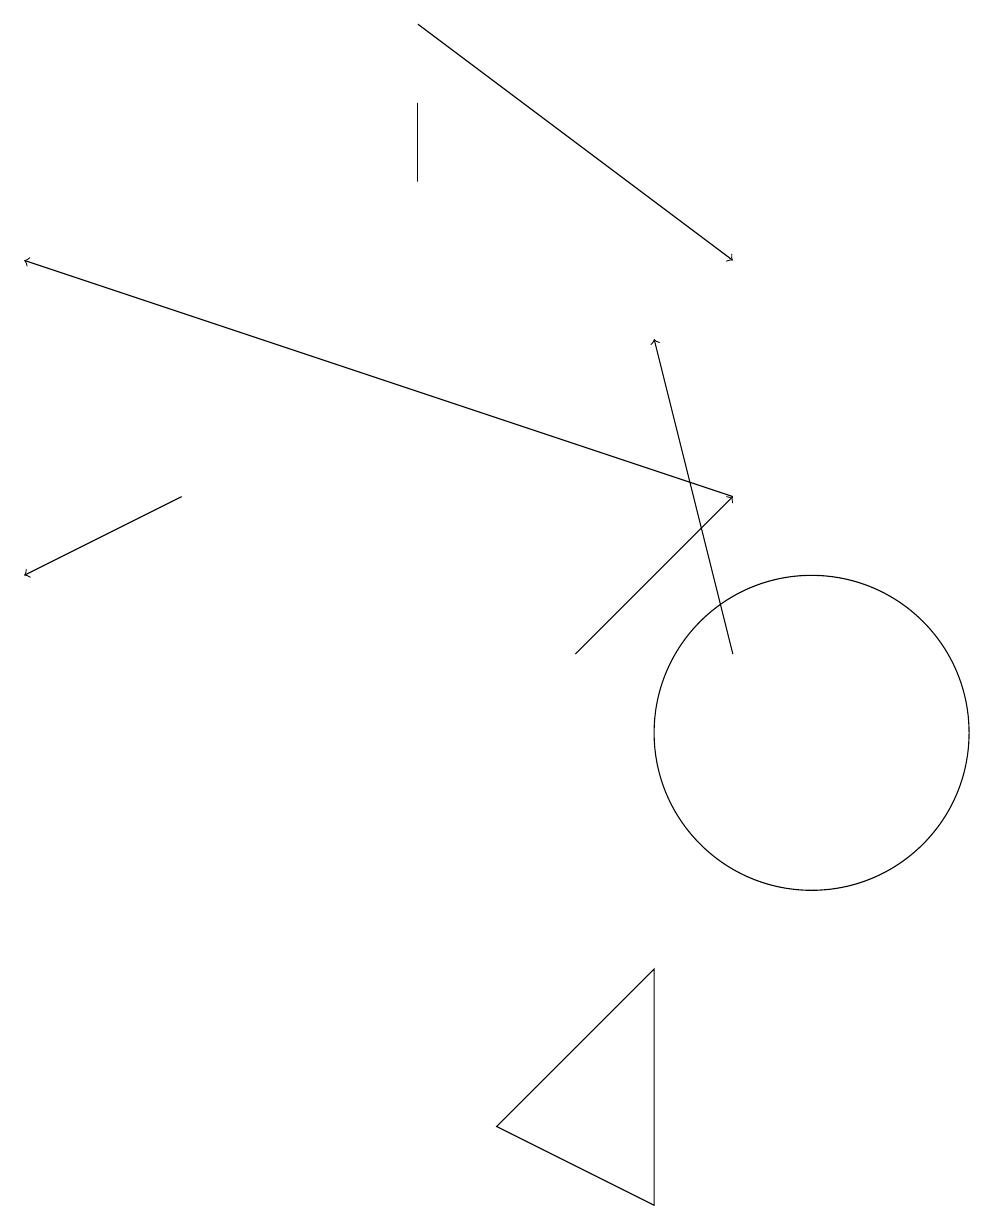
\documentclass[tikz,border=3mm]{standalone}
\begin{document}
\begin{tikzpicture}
\draw (8,7) -- (8,4) -- (6,5) -- cycle;
\draw[->] (5,19) -- (9,16);
\draw[->] (2,13) -- (0,12);
\draw[->] (9,13) -- (0,16);
\draw[->] (7,11) -- (9,13);
\draw (10,10) circle (2);
\draw[->] (9,11) -- (8,15);
\draw (5,17) rectangle (5,18);
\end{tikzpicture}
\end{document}